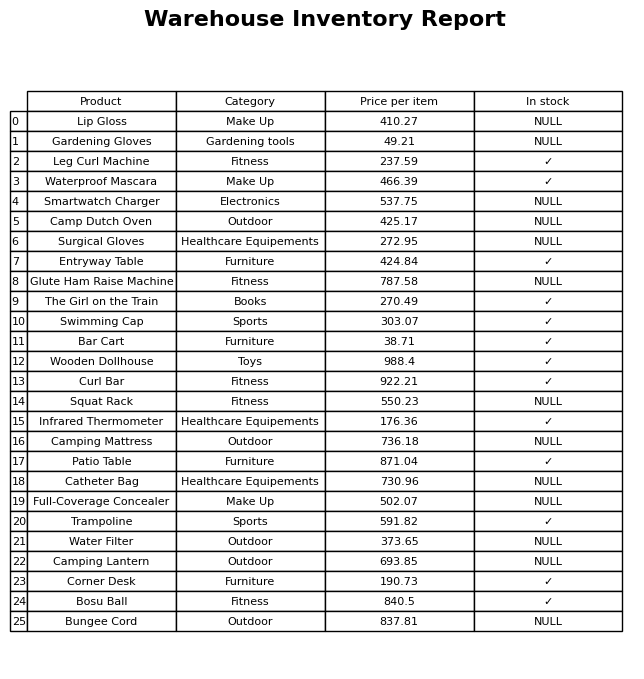
question: Is the Curl Bar in stock?
answer: ✓